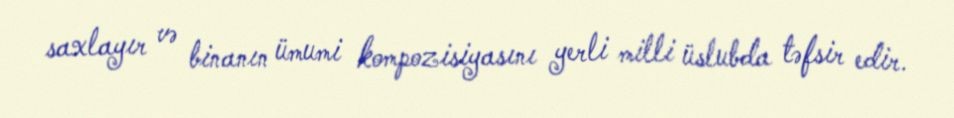
saxlayır və binanın ümumi kompozisiyasını yerli milli üslubda təfsir edir.